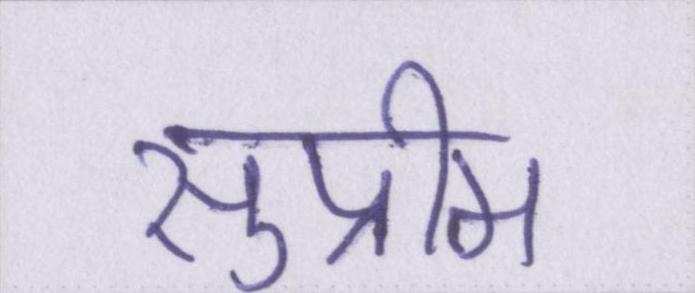
सुप्रीम